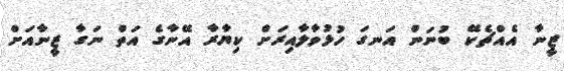
ޒީނާ އެއްޗެކޭ ބުނަން އަނގަ ހުޅުވާލާއިރަށް ކިޔާރާ އޭނާގެ އަތް ނަގާ ޒީނާއަށް